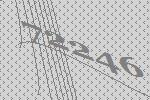
72246